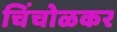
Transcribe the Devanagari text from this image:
चिंचोळकर